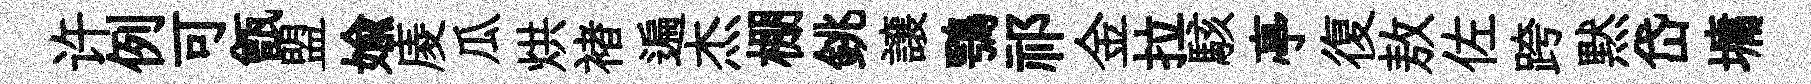
许例可甑盟媮庱瓜烘褚遍杰棚銚譲鶚祁金拉駭亭復敖佐跨黙岱墉